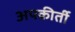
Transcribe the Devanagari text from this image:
अपकीर्ती